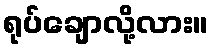
ရုပ်ချောလို့လား။